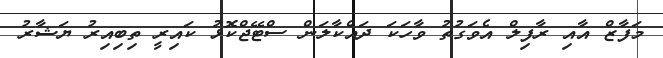
މަފާޒް އާއި ރާފިލް އެވަގުތު ވާހަކަ ދައްކާލަން ސްޓޭޖްކޮޅު ކައިރީ ތިބިއިރު ޔަޝާރު